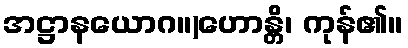
အဋ္ဌာနယောဂ။)ဟောန္တိ၊ ကုန်၏။